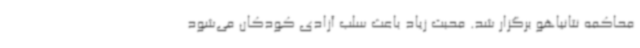
محاکمه نتانیاهو برگزار شد. محبت زیاد باعث سلب آزادی کودکان می‌شود